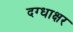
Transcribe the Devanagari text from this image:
दग्धाक्षर